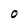
Character: 0